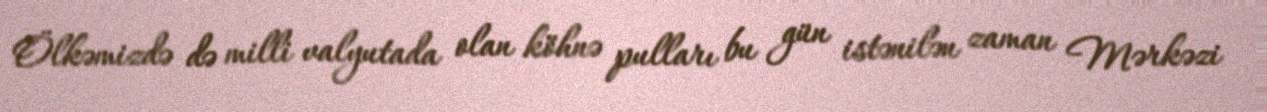
Ölkəmizdə də milli valyutada olan köhnə pulları bu gün istənilən zaman Mərkəzi